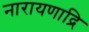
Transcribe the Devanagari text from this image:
नारायणाद्रि